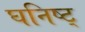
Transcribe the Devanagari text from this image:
घनिष्ट्